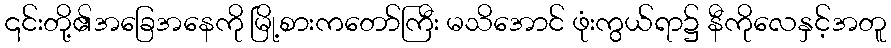
၎င်းတို့၏အခြေအနေကို မြို့စားကတော်ကြီး မသိအောင် ဖုံးကွယ်ရာ၌ နီကိုလေနှင့်အတူ